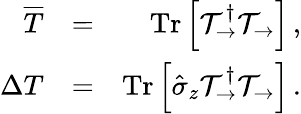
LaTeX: \begin{array}{rlr}{\overline{{T}}}&{=}&{\mathrm{Tr}\left[\mathcal{T}_{\rightarrow}^{\dagger}\mathcal{T}_{\rightarrow}\right]\, ,}\\ {\Delta{T}}&{=}&{\mathrm{Tr}\left[\hat{\sigma}_{z}\mathcal{T}_{\rightarrow}^{\dagger}\mathcal{T}_{\rightarrow}\right]\, .}\end{array}